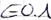
Text: E0.1